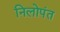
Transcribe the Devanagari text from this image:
निलोपंत